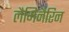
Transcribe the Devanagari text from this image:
लैमिनैरिन